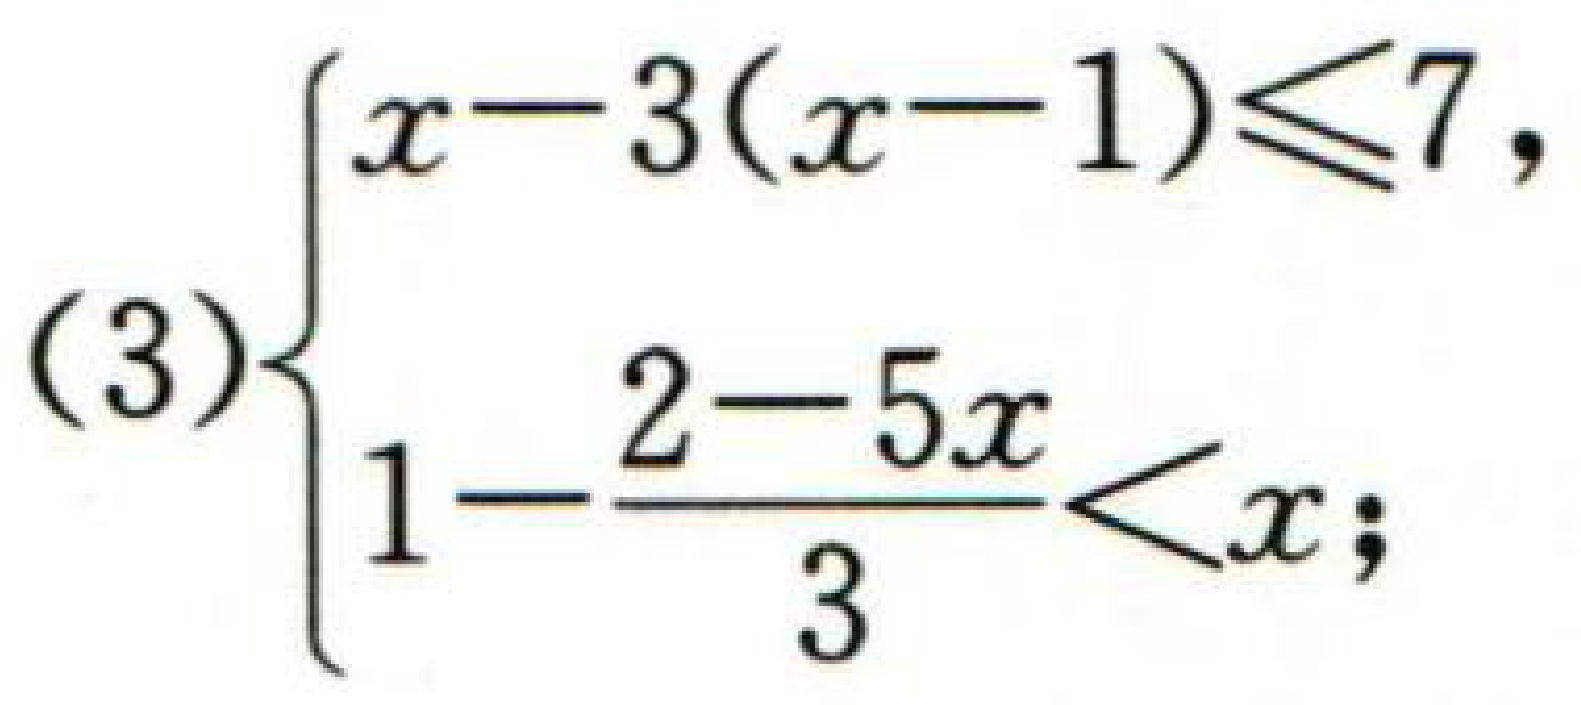
\((3)\begin{cases}x - 3(x - 1)\leq7,\\1-\dfrac{2 - 5x}{3}<x;\end{cases}\)